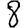
Digit: 8